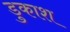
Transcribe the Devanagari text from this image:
डुकाश